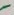
Text: -